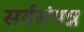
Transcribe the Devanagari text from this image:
सर्वसंपन्न